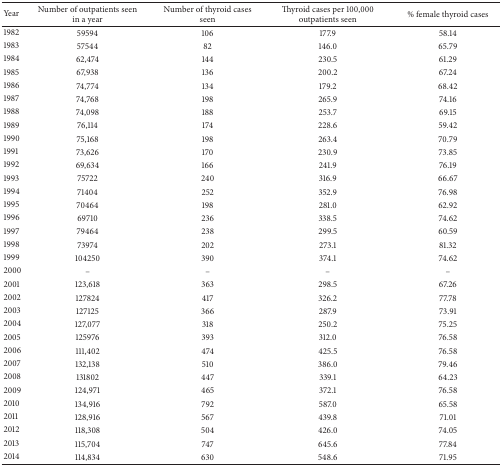
<table><thead><tr><td><b>Year</b></td><td><b>Number of outpatients seen in a year</b></td><td><b>Number of thyroid cases seen</b></td><td><b>Thyroid cases per 100,000 outpatients seen</b></td><td><b>% female thyroid cases </b></td></tr></thead><tbody><tr><td>1982</td><td>59594</td><td>106</td><td>177.9</td><td>58.14</td></tr><tr><td>1983</td><td>57544</td><td>82</td><td>146.0</td><td>65.79</td></tr><tr><td>1984</td><td>62,474</td><td>144</td><td>230.5</td><td>61.29</td></tr><tr><td>1985</td><td>67,938</td><td>136</td><td>200.2</td><td>67.24</td></tr><tr><td>1986</td><td>74,774</td><td>134</td><td>179.2</td><td>68.42</td></tr><tr><td>1987</td><td>74,768</td><td>198</td><td>265.9</td><td>74.16</td></tr><tr><td>1988</td><td>74,098</td><td>188</td><td>253.7</td><td>69.15</td></tr><tr><td>1989</td><td>76,114</td><td>174</td><td>228.6</td><td>59.42</td></tr><tr><td>1990</td><td>75,168</td><td>198</td><td>263.4</td><td>70.79</td></tr><tr><td>1991</td><td>73,626</td><td>170</td><td>230.9</td><td>73.85</td></tr><tr><td>1992</td><td>69,634</td><td>166</td><td>241.9</td><td>76.19</td></tr><tr><td>1993</td><td>75722</td><td>240</td><td>316.9</td><td>66.67</td></tr><tr><td>1994</td><td>71404</td><td>252</td><td>352.9</td><td>76.98</td></tr><tr><td>1995</td><td>70464</td><td>198</td><td>281.0</td><td>62.92</td></tr><tr><td>1996</td><td>69710</td><td>236</td><td>338.5</td><td>74.62</td></tr><tr><td>1997</td><td>79464</td><td>238</td><td>299.5</td><td>60.59</td></tr><tr><td>1998</td><td>73974</td><td>202</td><td>273.1</td><td>81.32</td></tr><tr><td>1999</td><td>104250</td><td>390</td><td>374.1</td><td>74.62</td></tr><tr><td>2000</td><td>–</td><td>–</td><td>–</td><td>–</td></tr><tr><td>2001</td><td>123,618</td><td>363</td><td>298.5</td><td>67.26</td></tr><tr><td>2002</td><td>127824</td><td>417</td><td>326.2</td><td>77.78</td></tr><tr><td>2003</td><td>127125</td><td>366</td><td>287.9</td><td>73.91</td></tr><tr><td>2004</td><td>127,077</td><td>318</td><td>250.2</td><td>75.25</td></tr><tr><td>2005</td><td>125976</td><td>393</td><td>312.0</td><td>76.58</td></tr><tr><td>2006</td><td>111,402</td><td>474</td><td>425.5</td><td>76.58</td></tr><tr><td>2007</td><td>132,138</td><td>510</td><td>386.0</td><td>79.46</td></tr><tr><td>2008</td><td>131802</td><td>447</td><td>339.1</td><td>64.23</td></tr><tr><td>2009</td><td>124,971</td><td>465</td><td>372.1</td><td>76.58</td></tr><tr><td>2010</td><td>134,916</td><td>792</td><td>587.0</td><td>65.58</td></tr><tr><td>2011</td><td>128,916</td><td>567</td><td>439.8</td><td>71.01</td></tr><tr><td>2012</td><td>118,308</td><td>504</td><td>426.0</td><td>74.05</td></tr><tr><td>2013</td><td>115,704</td><td>747</td><td>645.6</td><td>77.84</td></tr><tr><td>2014</td><td>114,834</td><td>630</td><td>548.6</td><td>71.95</td></tr></tbody></table>